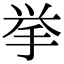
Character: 挙